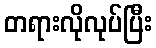
တရားလိုလုပ်ပြီး